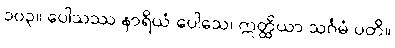
၁၀၃။ ပေါသဿ နာရိယံ ပေါသေ၊ ဣတ္ထိယာ သင်္ဂမံ ပတိ။